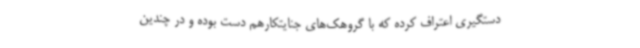
دستگیری اعتراف کرده که با گروهک‌های جنایتکارهم دست بوده و در چندین